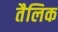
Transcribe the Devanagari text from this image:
तैलिक